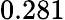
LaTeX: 0.281